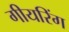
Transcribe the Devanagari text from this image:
गीयरिंग